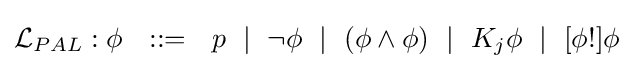
{{\mathcal {L}}_{PAL}}:\phi ~~::=~~p~\mid ~\neg \phi ~\mid ~(\phi \land \phi )~\mid ~K_{j}\phi ~\mid ~[\phi !]\phi